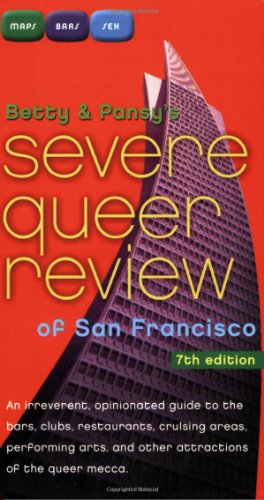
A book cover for Betty and Pansy's Severe Queer Review of San Francisco; Betty Pearl; Gay & Lesbian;